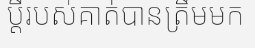
ប្តីរបស់គាត់បានត្រឹមមក